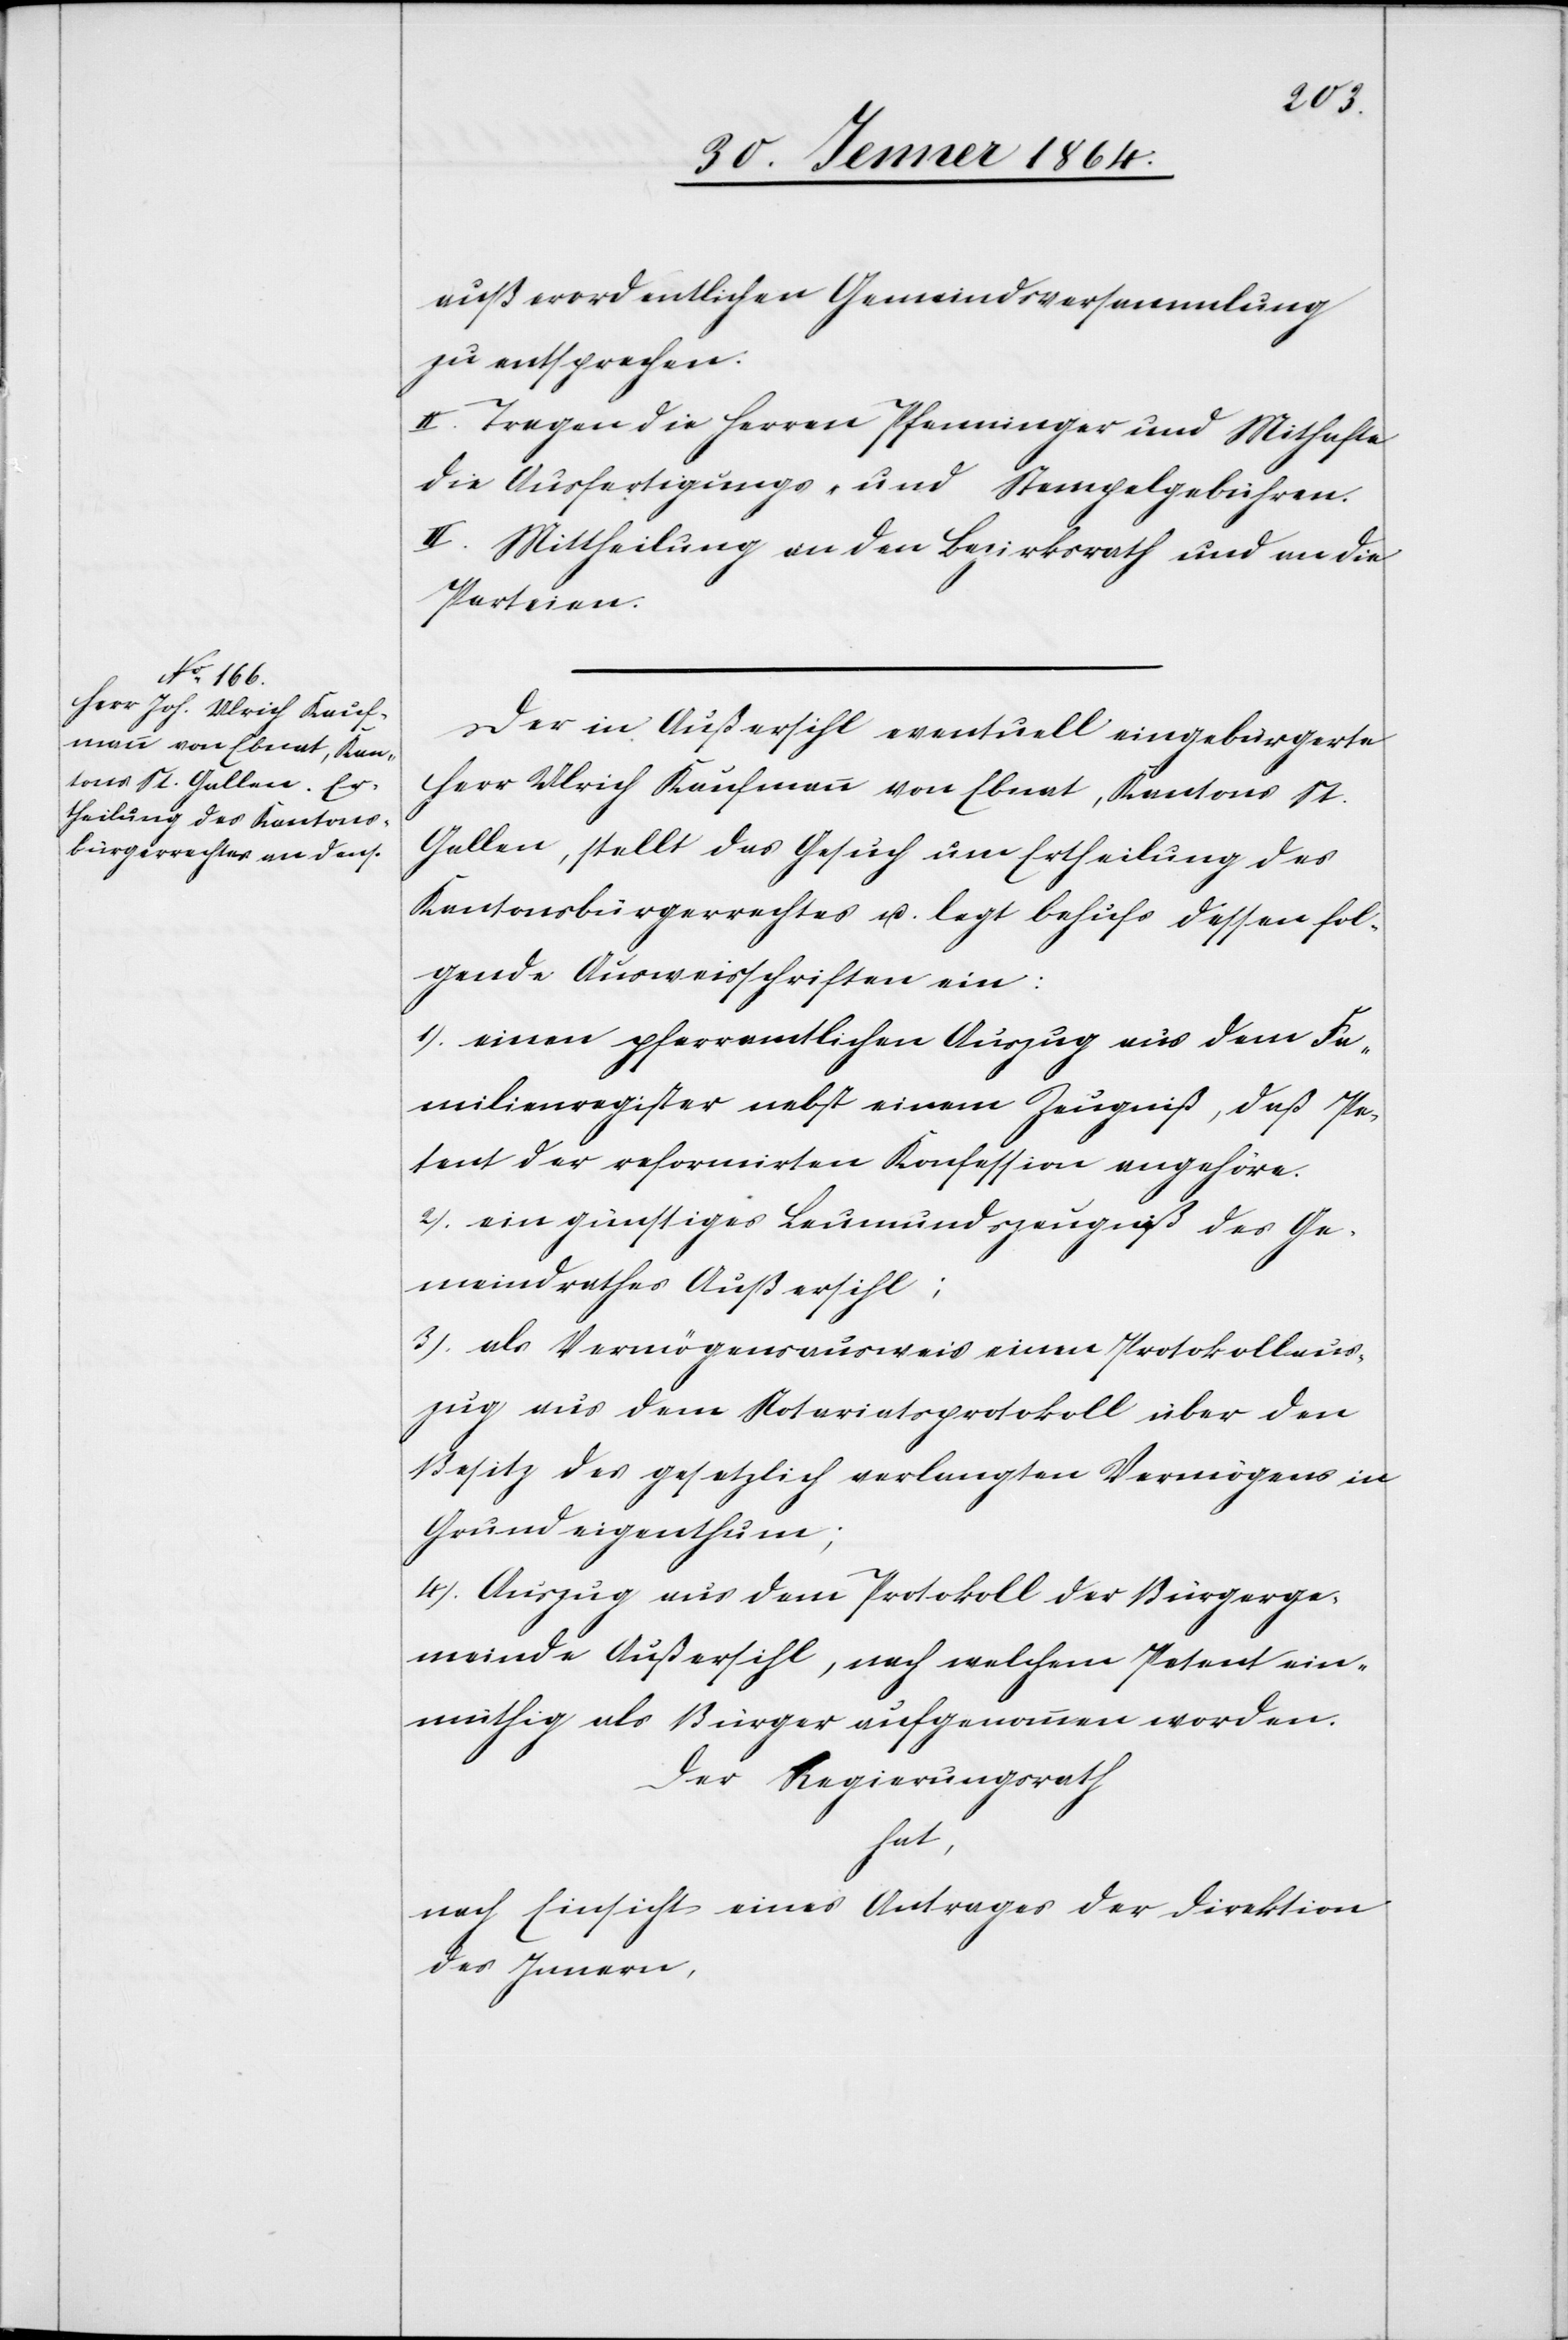
außerordentlichen Gemeindsversammlung
zu entsprechen.
II. Tragen die Herren Pfenninger und Mithafte
die Ausfertigungs- und Stempelgebühren.
III. Mittheilung an den Bezirksrath und an die
Parteien.
Der in Außersihl eventuell eingebürgerte
Herr Ulrich Kaufmann von Ebnat, Kantons St.
Gallen, stellt das Gesuch um Ertheilung des
Kantonsbürgerrechtes u. legt behufs dessen fol¬
gende Ausweisschriften ein:
1.) einen pfarramtlichen Auszug aus dem Fa¬
milienregister nebst einem Zeugniß, daß Pe¬
tent der reformirten Konfession angehöre.
2.) ein günstiges Leumundszeugniß des Ge¬
meindrathes Außersihl;
3.) als Vermögensausweis einen Protokollaus¬
zug aus dem Notariatsprotokoll über den
Besitz des gesetzlich verlangten Vermögens in
Grundeigenthum;
4.) Auszug aus dem Protokoll der Bürgerge¬
meinde Außersihl, nach welchem Petent ein¬
müthig als Bürger aufgenommen worden.
Der Regierungsrath
hat,
nach Einsicht eines Antrages der Direktion
des Innern,